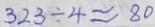
3 2 3 \div 4 \approx 8 0